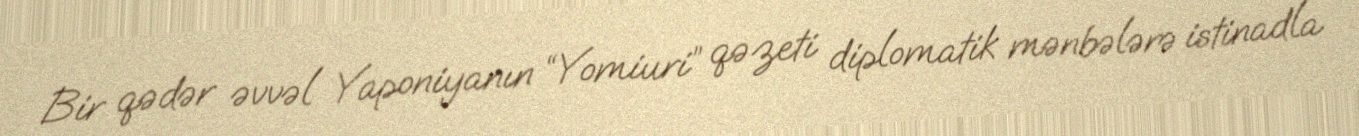
Bir qədər əvvəl Yaponiyanın “Yomiuri” qəzeti diplomatik mənbələrə istinadla